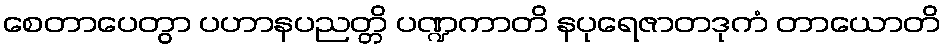
စေတာပေတွာ ပဟာနပညတ္တိ ပဏ္ဍကာတိ နပုရေဇာတဒုကံ တာယောတိ